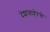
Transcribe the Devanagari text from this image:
देशाबाहेरचे